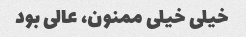
خیلی خیلی ممنون، عالی بود